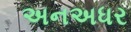
અનઅધર